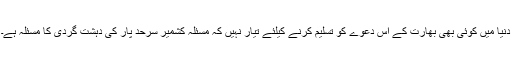
دنیا میں کوئی بھی بھارت کے اس دعوے کو تسلیم کرنے کیلئے تیار نہیں کہ مسئلہ کشمیر سرحد پار کی دہشت گردی کا مسئلہ ہے۔